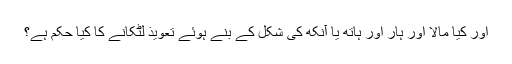
اور کیا مالا اور ہار اور ہاتھ یا آنکھ کی شکل کے بنے ہوئے تعویذ لٹکانے کا کیا حکم ہے؟